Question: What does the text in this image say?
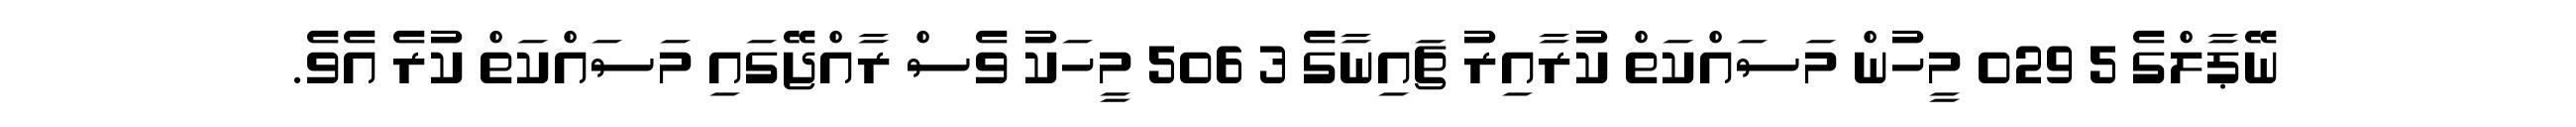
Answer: ނޭޕާލްގެ 5 029 މީހުން މަސައްކަތް ކުރާއިރު ޗައިނާގެ 3 506 މީހަކު ވެސް ރާއްޖޭގައި މަސައްކަތް ކުރެ އެވެ.